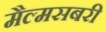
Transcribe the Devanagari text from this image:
मैल्मसबरी